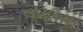
લોહીયા